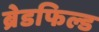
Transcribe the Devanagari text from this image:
ब्रेडफिल्ड